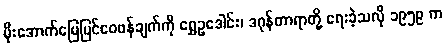
မိုးအောက်မြေပြင်ဝေဖန်ချက်ကို ရွှေဥဒေါင်း၊ ဒဂုန်တာရာတို့ ရေးခဲ့သလို ၁၉၅၉ က